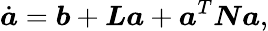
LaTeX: \dot{\boldsymbol{a}}=\boldsymbol{b}+\boldsymbol{L}\boldsymbol{a}+\boldsymbol{a}^{T}\boldsymbol{N}\boldsymbol{a},